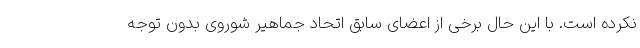
نکرده است. با این حال برخی از اعضای سابق اتحاد جماهیر شوروی بدون توجه